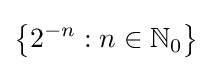
\left\{2^{-n}:n\in \mathbb {N} _{0}\right\}